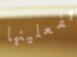
تفعلينها